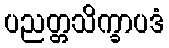
ပညတ္တသိက္ခာပဒံ